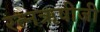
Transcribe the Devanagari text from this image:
रत्नऋषीजी